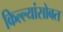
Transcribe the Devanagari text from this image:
किल्ल्यांसोबत